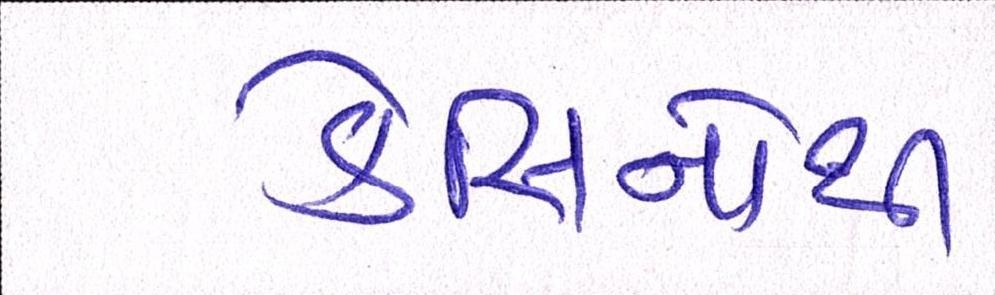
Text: કેસિનોથી